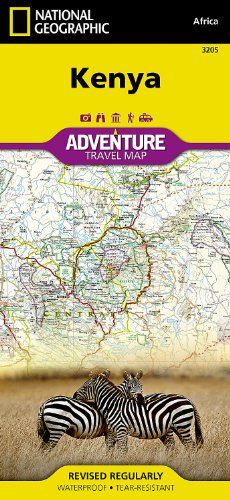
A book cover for Kenya (National Geographic Adventure Map); National Geographic Maps - Adventure; Travel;